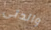
والدتى